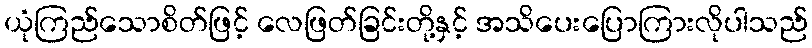
ယုံကြည်သောစိတ်ဖြင့် လေဖြတ်ခြင်းတို့နှင့် အသိပေးပြောကြားလိုပါသည်